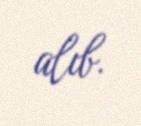
alıb.